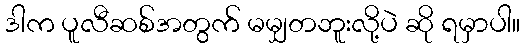
ဒါက ပူလီဆစ်အတွက် မမျှတဘူးလို့ပဲ ဆို ရမှာပါ။